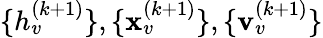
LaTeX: \{ h_{v}^{(k+1)}\} ,\{ \mathbf{x}_{v}^{(k+1)}\} ,\{ \mathbf{v}_{v}^{(k+1)}\}